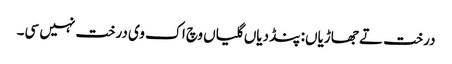
درخت تے جھاڑیاں: پنڈ دیاں گلیاں وچ اک وی درخت نہیں سی۔